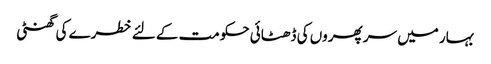
بہار میں سر پھروں کی ڈھٹائی حکومت کے لئے خطرے کی گھنٹی